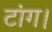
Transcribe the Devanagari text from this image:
टांग।